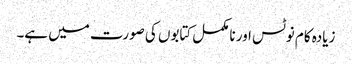
زیادہ کام نوٹس اور نامکمل کتابوں کی صورت میں ہے۔